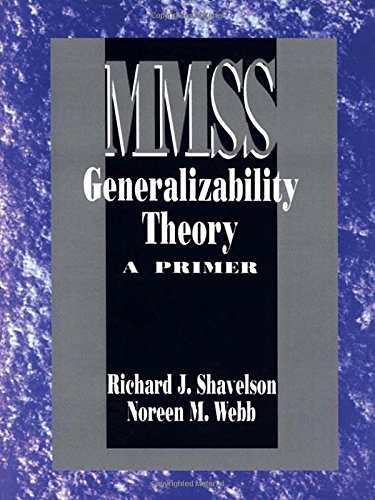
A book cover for Generalizability Theory: A Primer (Measurement Methods for the Social Science); Richard J. Shavelson; Medical Books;